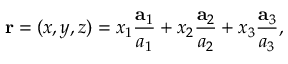
\mathbf { r } = ( x , y , z ) = x _ { 1 } { \frac { \mathbf { a } _ { 1 } } { a _ { 1 } } } + x _ { 2 } { \frac { \mathbf { a } _ { 2 } } { a _ { 2 } } } + x _ { 3 } { \frac { \mathbf { a } _ { 3 } } { a _ { 3 } } } ,